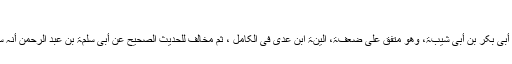
امام زیلعی حنفی لکھتے ہیں :
وھو معلو ل بأبی شیبۃ ابراہیم بن عثمان ، جدّ الامام أبی بکر بن أبی شیبۃ، وھو متّفق علیٰ ضعفۃ، الیّنۃ ابن عدیّ فی الکامل ، ثمّ مخالف للحدیث الصّحیح عن أبی سلمۃ بن عبد الرّحمٰن أنّہ سأل عائشۃ: کیف کانت صلاٰ رسول ﷺ فی رمضان ؟